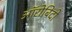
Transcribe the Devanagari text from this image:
ऑरोबिंदो